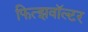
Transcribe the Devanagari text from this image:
फित्झवॉल्टर